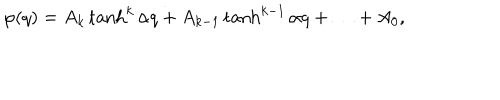
LaTeX: \varphi ( q ) = A _ { k } \tanh ^ { k } { \alpha q } + A _ { k - 1 } \tanh ^ { k - 1 } { \alpha q } + \ldots + A _ { 0 } ,